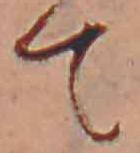
て